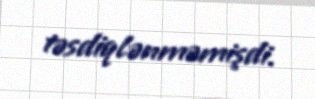
təsdiqlənməmişdi.